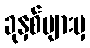
ခုနှစ်များမှ